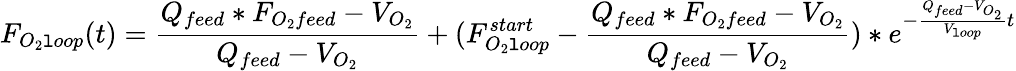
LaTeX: F_{O_{2}\mathtt{l}oop}(t)={\frac{{Q_{feed}*F_{O_{2}feed}-V_{O_{2}}}}{{Q_{feed}-V_{O_{2}}}}}+(F_{O_{2}\mathtt{l}oop}^{start}-{\frac{{Q_{feed}*F_{O_{2}feed}-V_{O_{2}}}}{{Q_{feed}-V_{O_{2}}}}})*e^{-{\frac{{Q_{feed}-V_{O_{2}}}}{{V_{\mathtt{l}oop}}}}t}